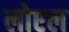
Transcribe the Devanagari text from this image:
लोएल